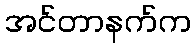
အင်တာနက်က